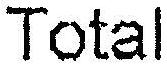
TOTAL